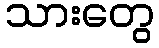
သားတွေ